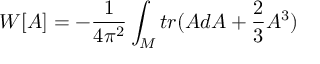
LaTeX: W [ A ] = - \frac { 1 } { 4 \pi ^ { 2 } } \int _ { M } t r ( A d A + \frac { 2 } { 3 } A ^ { 3 } )